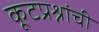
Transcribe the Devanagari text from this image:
कूटप्रश्नांची